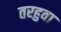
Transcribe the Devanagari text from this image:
तरहुवा